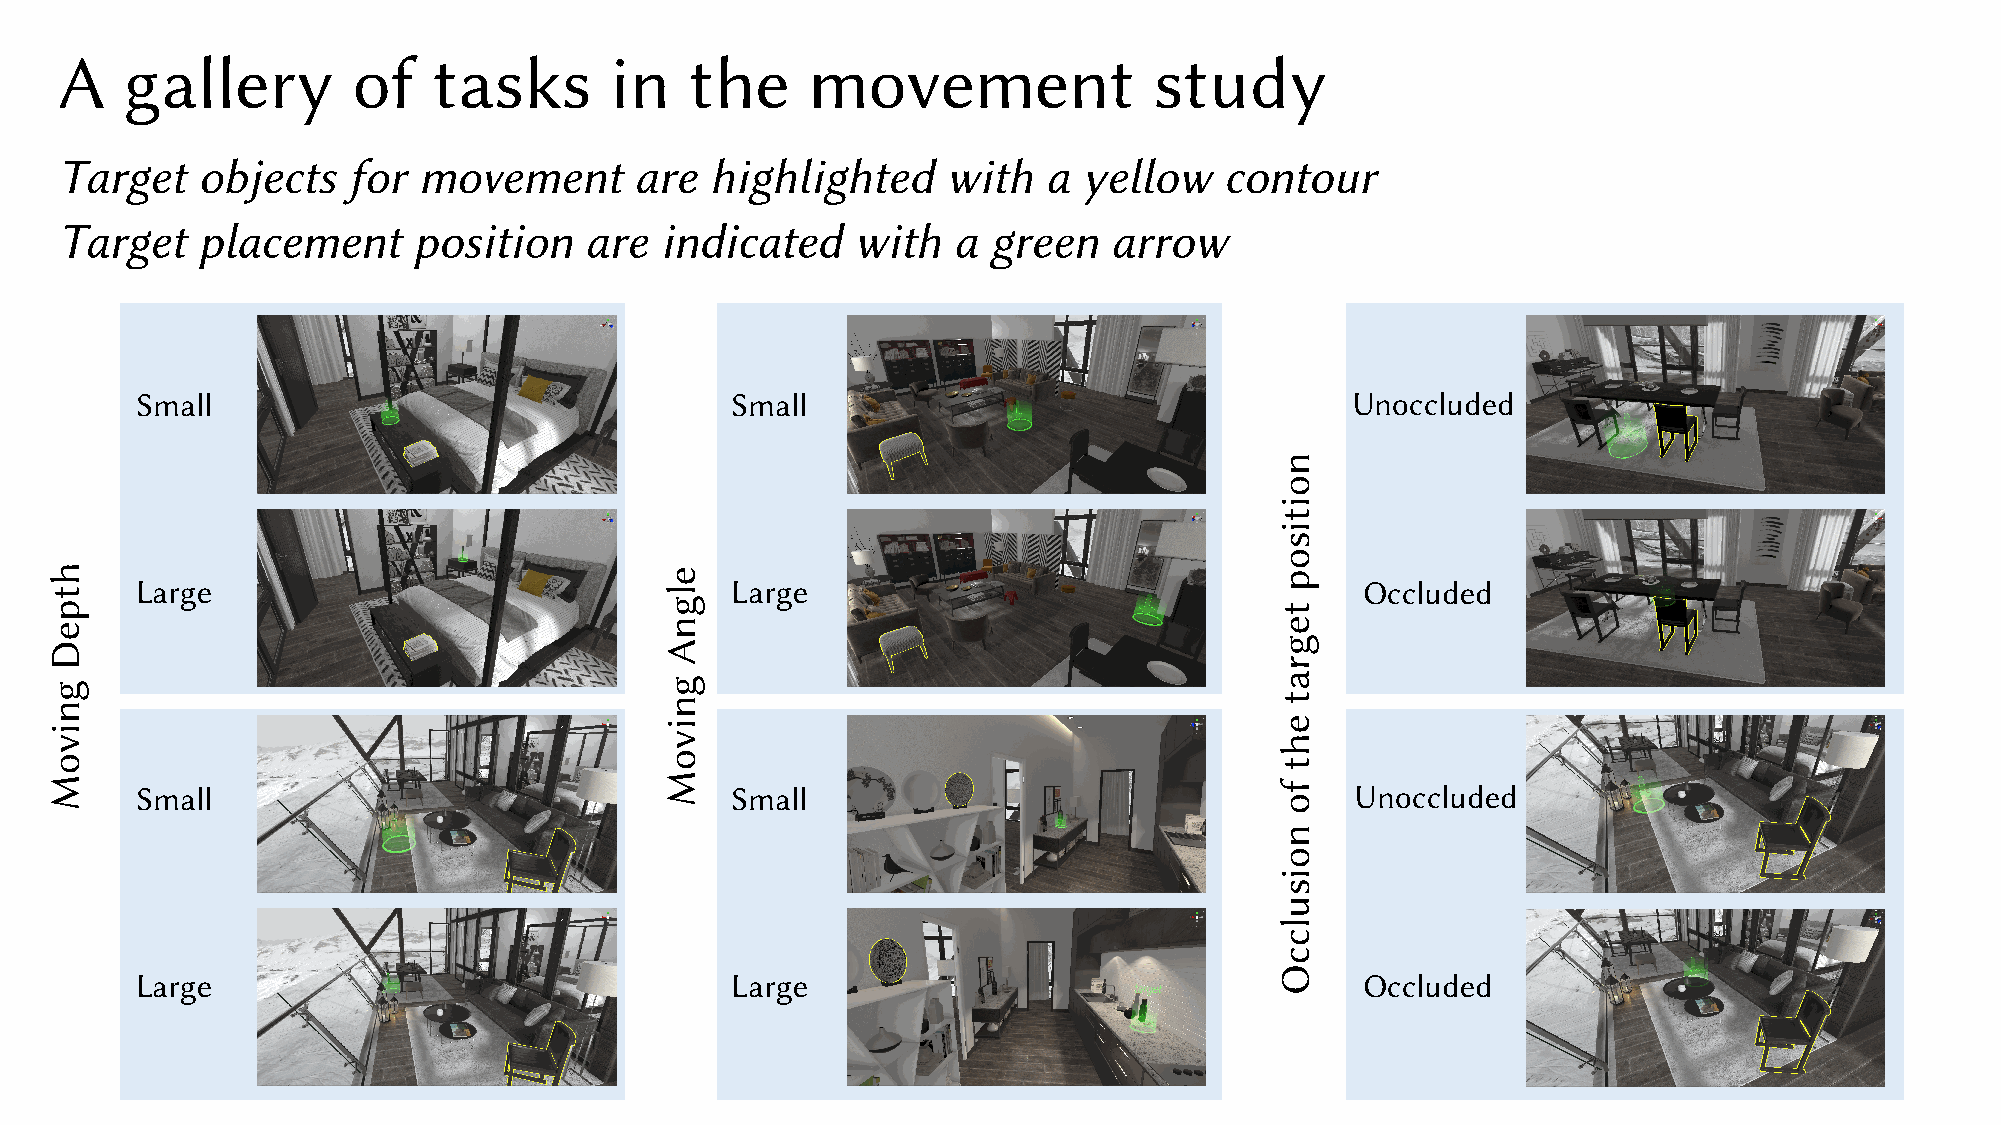
A   gallery        of    tasks      in    the    movement               study
 Target   objects   for  movement      are  highlighted     with  a  yellow   contour
 Target   placement     position    are  indicated    with  a  green   arrow
 Small                                  Small                                    Unoccluded
 Large                                  Large                                     Occluded
 Small                                  Small                                     Unoccluded
 Large                                  Large                                     Occluded
 htpeD
 gnivoM
 elgnA
 gnivoM
 noitisop
 tegrat
 eht
 fo
 noisulccO